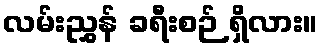
လမ်းညွှန် ခရီးစဉ် ရှိလား။